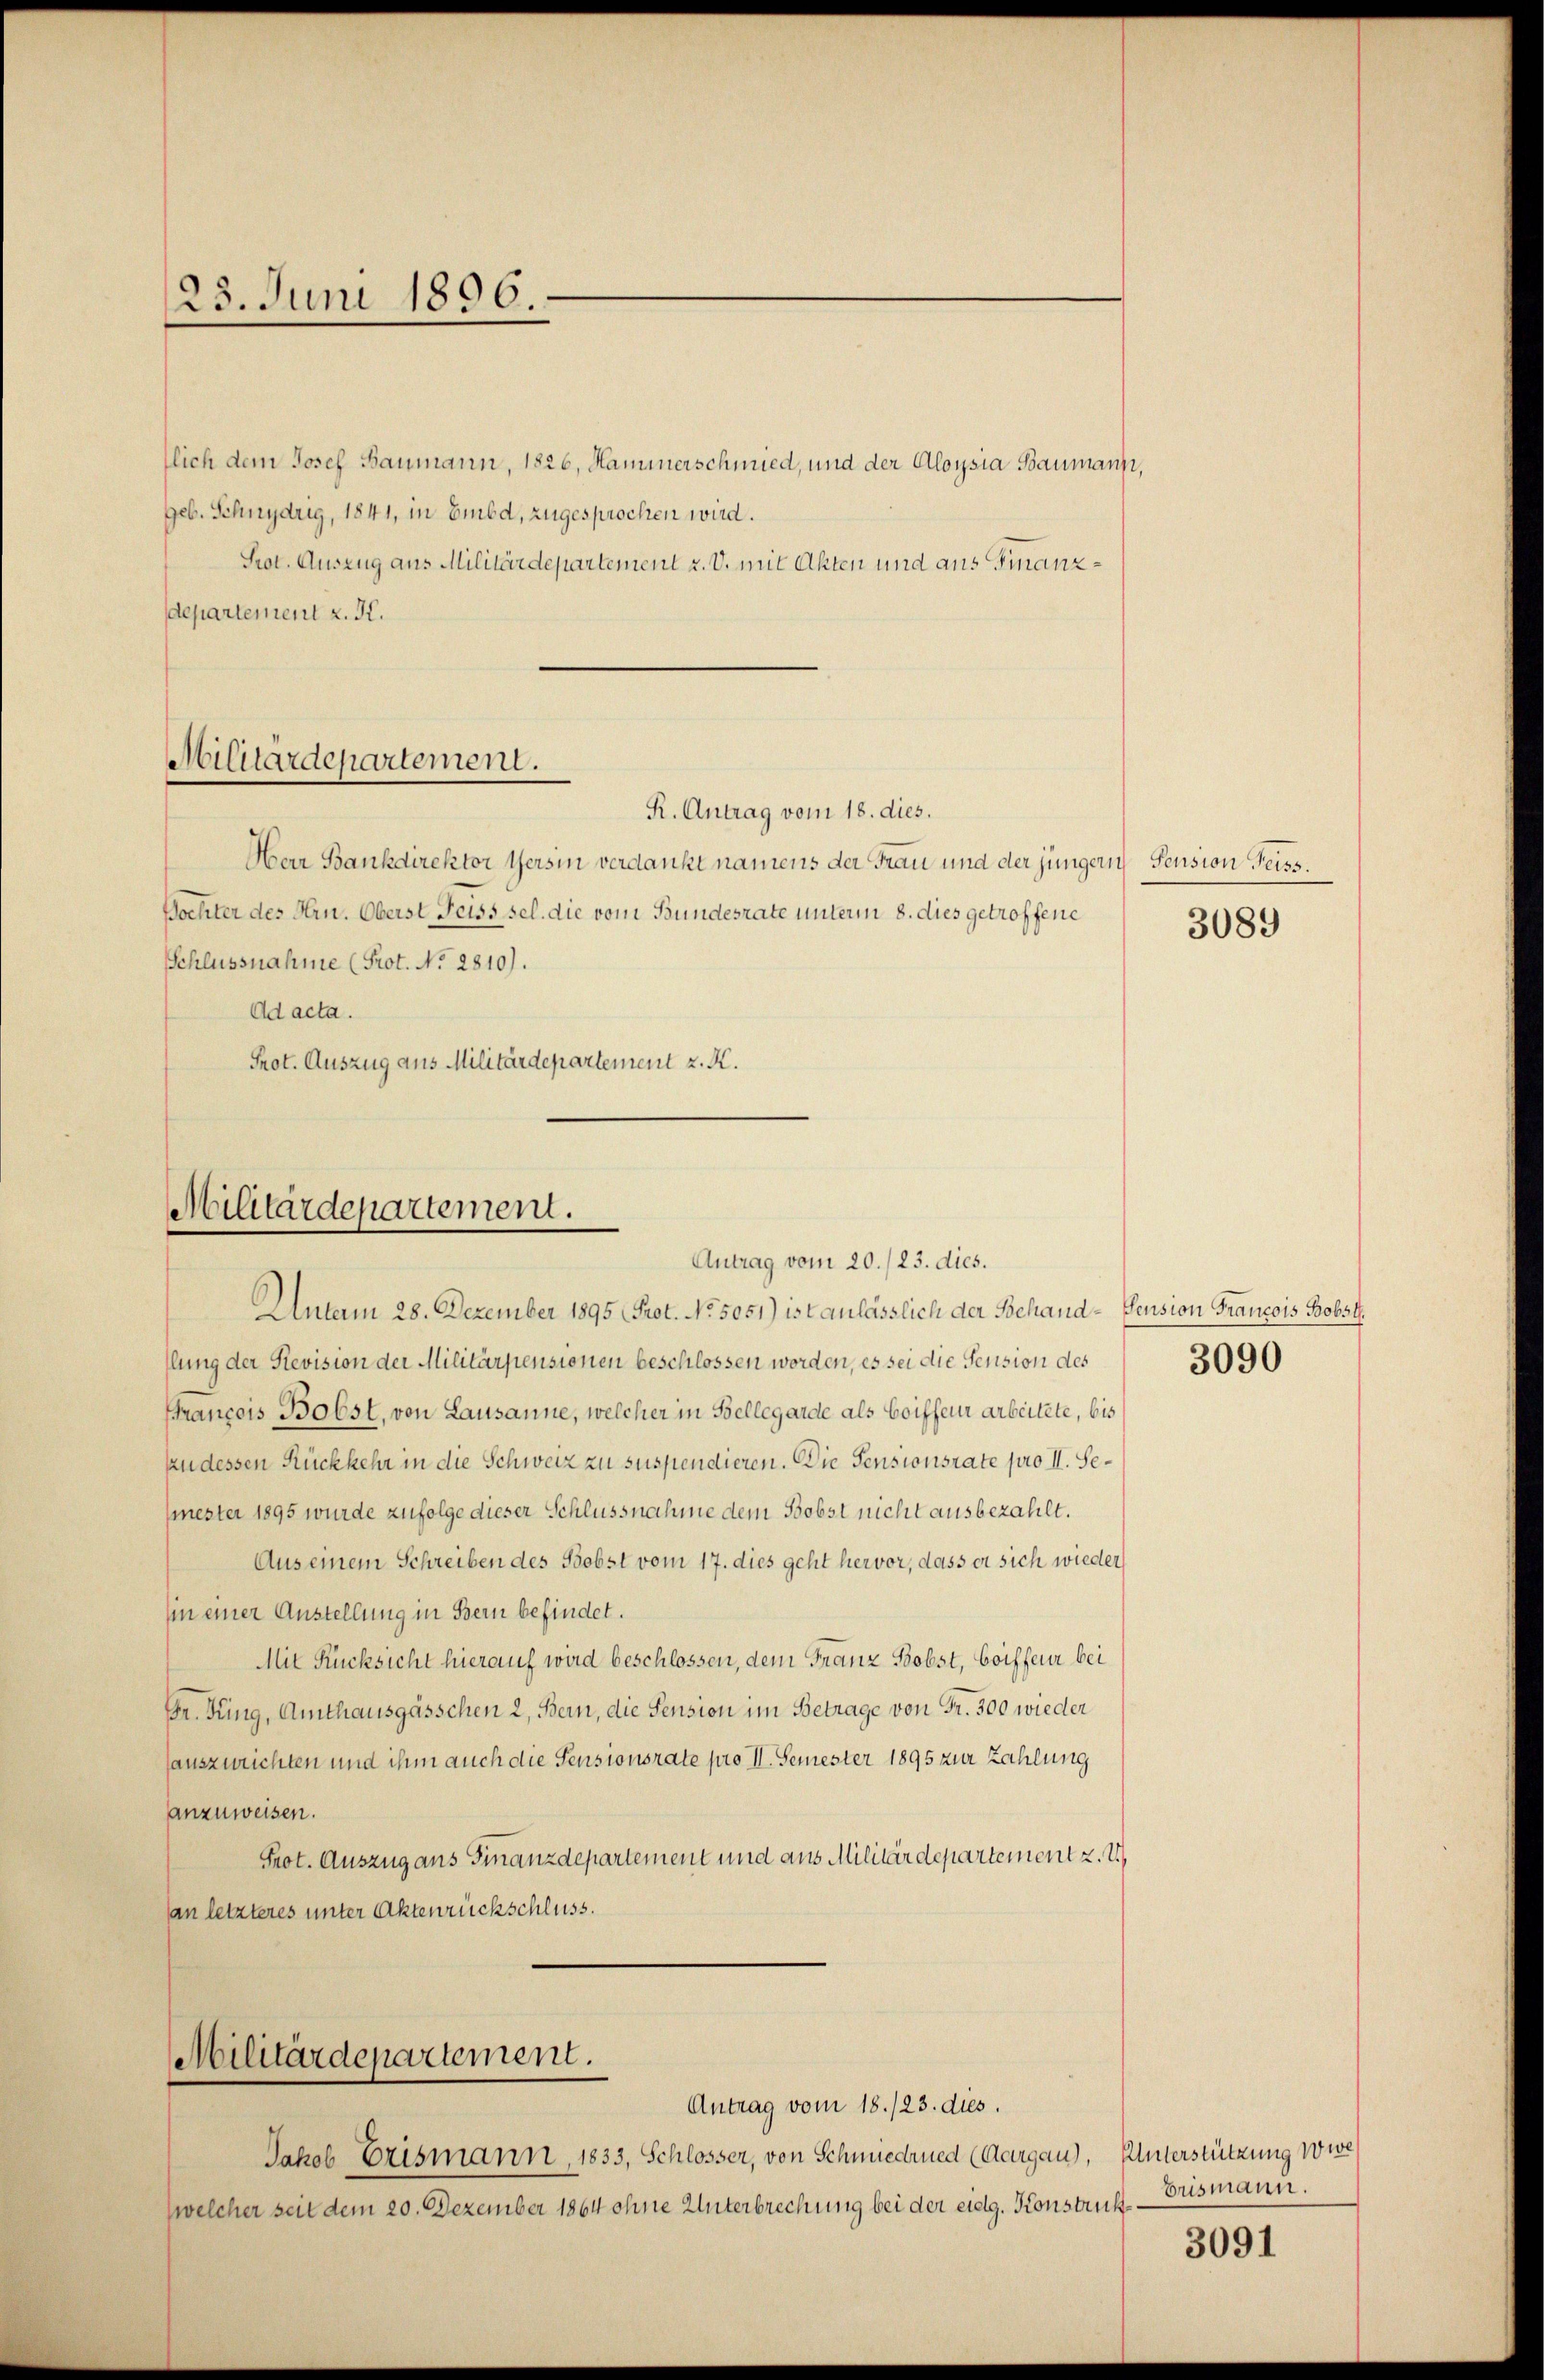
23. Juni 1896.

tlich dem Josef Baumann, 1826, Hammerschmied, und der Aloysia Baumann,
Geb. Schnydrig, 1841, in Embd, zugesprochen wird.
Prot. Auszug aus Militärdepartement z. V. mit Akten und aus Finanzdepartement z. K.

Militärdepartement.

R. Antrag vom 18. dies.
Herr Bankdirektor Versin verdankt namens der Frau und der jüngern Pension Geiss.
Bochter des Hrn. Oberst Feiss sel. die vom Bundesrate unterm 8. dies getroffene
Schlussnahme (Prot. No. 2810).
Ad acta.
Prot. Auszug aus Militärdepartement z. K.

Militärdepartement.
Antrag vom 20./23. dies.

Militärdepartement.
Antrag vom 18./23. dies.

Unterm 28. Dezember 1895 Prot. No. 5051) ist anlässlich der Schand-Pension Francois Bobst

slung der Revision der Militärpensionen beschlossen worden, es sei die Pension des
François Bobst, von Lausanne, welcher in Bellegarde als Coiffeur arbeitete, bis
kudessen Rückkehr in die Schweiz zu suspendieren. Die Pensionsrate pro II. Semester 1895 wurde zufolge dieser Schlussnahme dem Bobst nicht ausbezahlt.
Aus einem Schreiben des Bobst vom 17. dies geht hervor, dass er sich wieder
in einer Austellung in Bern befindet.
Mit Rücksicht hierauf wird beschlossen, dem Franz Bobst, Coiffeur bei
Br. Jung, Amthausgässchen 2, Bern, die Pension im Betrage von Fr. 300 wieder
sauszurichten und ihm auch die Pensionsrate pro II. Semester 1895 zur Zahlung
anzuweisen.
Prot. Auszug aus Finanzdepartement und aus Militärdepartement z. U
an letzteres unter Aktenrückschluss.

Jakob Erismann, 1833, Schlosser, von Schmiedrued (Aargau),
welcher seit dem 20. Dezember 1864 ohne Unterbrechung bei der eidg. Konstri

3089

3090

Unterstützung wie
Erismann.
h

3091